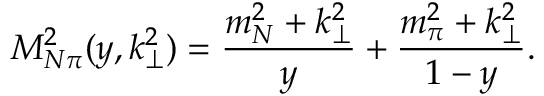
M _ { N \pi } ^ { 2 } ( y , k _ { \perp } ^ { 2 } ) = \frac { m _ { N } ^ { 2 } + k _ { \perp } ^ { 2 } } { y } + \frac { m _ { \pi } ^ { 2 } + k _ { \perp } ^ { 2 } } { 1 - y } .